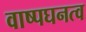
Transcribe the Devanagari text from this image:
वाष्पघनत्व